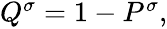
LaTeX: \begin{array}{r}{Q^{\sigma}=1-P^{\sigma},}\end{array}